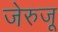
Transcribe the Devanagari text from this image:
जेरुजू